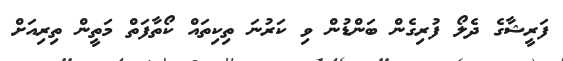
ފަރީޝާގެ ދެލޯ ފުރިގެން ބަންޑުން ވި ކަރުނަ ތިކިތައް ކޯތާފަތް މަތީން ތިރިއަށް